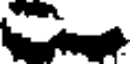
.